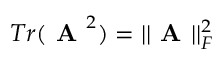
{ T r ( \boldsymbol { \textbf { A } } ^ { 2 } ) } = | | \boldsymbol { \textbf { A } } | | _ { F } ^ { 2 }